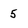
Character: 5